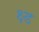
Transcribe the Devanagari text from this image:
क्ष्ड